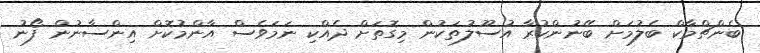
ބެންޗްމާކް ބެލުމަށް ބޭނުންކުރާ އުސޫލުތަކުން މިގޮތަށް ދެއްކި ނަމަވެސް އާންމުކޮށް އިންސާނުން ފޯނު